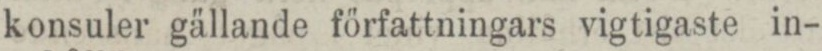
konsuler gällande författningars vigtigaste in-